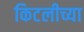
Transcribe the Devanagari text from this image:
किटलीच्या